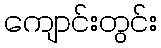
ကျောင်းတွင်း